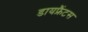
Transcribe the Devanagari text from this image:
डायफ्रैंटस